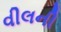
વીલની